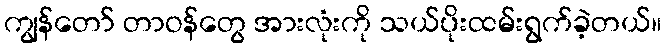
ကျွန်တော် တာဝန်တွေ အားလုံးကို သယ်ပိုးထမ်းရွက်ခဲ့တယ်။